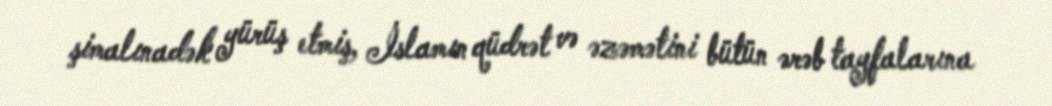
şimalınadək yürüş etmiş, İslamın qüdrət və əzəmətini bütün ərəb tayfalarına